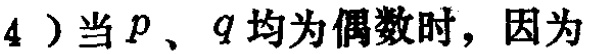
4）当 \(p\)、\(q\) 均为偶数时，因为